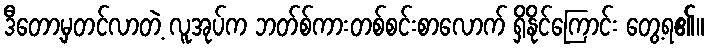
ဒီတော့မှတင်လာတဲ့ လူအုပ်က ဘတ်စ်ကားတစ်စင်းစာလောက် ရှိနိုင်ကြောင်း တွေ့ရ၏။